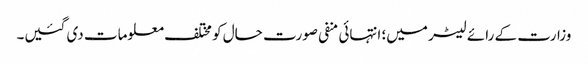
وزارت کے رائے لیٹر میں؛ انتہائی منفی صورت حال کو مختلف معلومات دی گئیں۔